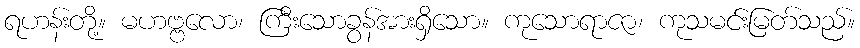
ရဟန်းတို့။ မဟဗ္ဗလော၊ ကြီးသောခွန်အားရှိသော။ ကုသောရာဇာ၊ ကုသမင်းမြတ်သည်။